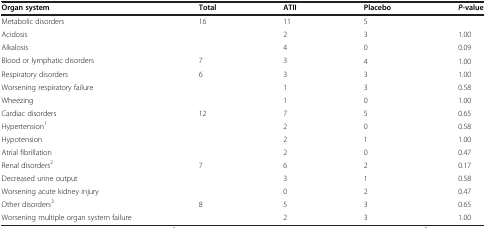
| Organ system | Total | ATII | Placebo | P-value |
 | --- | --- | --- | --- | --- |
 | Metabolic disorders | 16 | 11 | 5 |  |
 | Acidosis |  | 2 | 3 | 1.00 |
 | Alkalosis |  | 4 | 0 | 0.09 |
 | Blood or lymphatic disorders | 7 | 3 | 4 | 1.00 |
 | Respiratory disorders | 6 | 3 | 3 | 1.00 |
 | Worsening respiratory failure |  | 1 | 3 | 0.58 |
 | Wheezing |  | 1 | 0 | 1.00 |
 | Cardiac disorders | 12 | 7 | 5 | 0.65 |
 | Hypertension1 |  | 2 | 0 | 0.58 |
 | Hypotension |  | 2 | 1 | 1.00 |
 | Atrial fibrillation |  | 2 | 0 | 0.47 |
 | Renal disorders2 | 7 | 6 | 2 | 0.17 |
 | Decreased urine output |  | 3 | 1 | 0.58 |
 | Worsening acute kidney injury |  | 0 | 2 | 0.47 |
 | Other disorders3 | 8 | 5 | 3 | 0.65 |
 | Worsening multiple organ system failure |  | 2 | 3 | 1.00 |